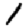
Digit: 1